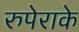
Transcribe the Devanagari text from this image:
रुपेराके